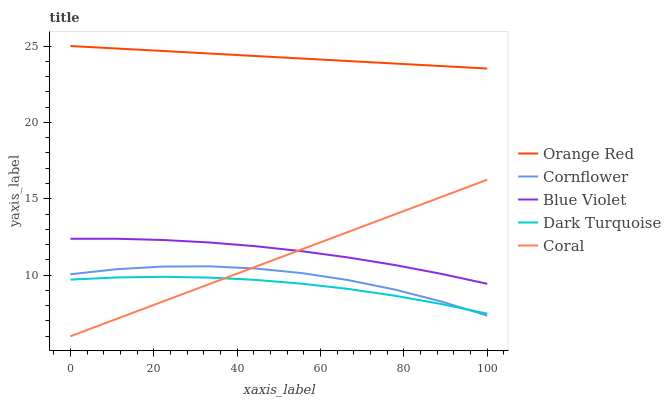
| xaxis_label | Orange Red | Cornflower | Blue Violet | Dark Turquoise | Coral |
 | --- | --- | --- | --- | --- | --- |
 | 0 | 25 | 10.1 | 12.4 | 9.71 | 6 |
 | 11.1 | 24.8 | 10.4 | 12.4 | 9.85 | 7.14 |
 | 22.2 | 24.7 | 10.6 | 12.3 | 9.89 | 8.28 |
 | 33.3 | 24.5 | 10.6 | 12.1 | 9.84 | 9.42 |
 | 44.4 | 24.3 | 10.4 | 11.9 | 9.69 | 10.6 |
 | 55.6 | 24.2 | 10.1 | 11.6 | 9.44 | 11.7 |
 | 66.7 | 24 | 9.67 | 11.2 | 9.1 | 12.8 |
 | 77.8 | 23.9 | 9.06 | 10.7 | 8.65 | 14 |
 | 88.9 | 23.7 | 8.28 | 10.1 | 8.11 | 15.1 |
 | 100 | 23.5 | 7.35 | 9.43 | 7.48 | 16.2 |